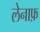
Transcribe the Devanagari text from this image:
लेनाफ़